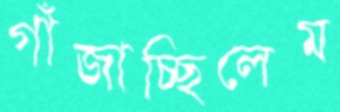
গাঁজাচ্ছিলেম